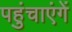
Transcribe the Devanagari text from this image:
पहुंचाएंगें